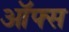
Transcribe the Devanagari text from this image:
ऑफ्स